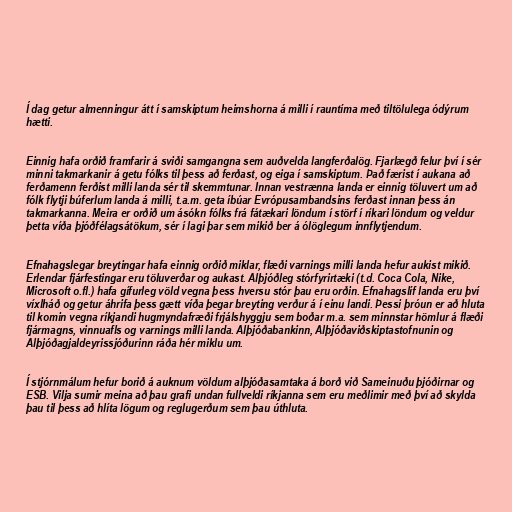
Í dag getur almenningur átt í samskiptum heimshorna á milli í rauntíma með tiltölulega ódýrum
hætti.

Einnig hafa orðið framfarir á sviði samgangna sem auðvelda langferðalög. Fjarlægð felur því í sér
minni takmarkanir á getu fólks til þess að ferðast, og eiga í samskiptum. Það færist í aukana að
ferðamenn ferðist milli landa sér til skemmtunar. Innan vestrænna landa er einnig töluvert um að
fólk flytji búferlum landa á milli, t.a.m. geta íbúar Evrópusambandsins ferðast innan þess án
takmarkanna. Meira er orðið um ásókn fólks frá fátækari löndum í störf í ríkari löndum og veldur
þetta víða þjóðfélagsátökum, sér í lagi þar sem mikið ber á ólöglegum innflytjendum.

Efnahagslegar breytingar hafa einnig orðið miklar, flæði varnings milli landa hefur aukist mikið.
Erlendar fjárfestingar eru töluverðar og aukast. Alþjóðleg stórfyrirtæki (t.d. Coca Cola, Nike,
Microsoft o.fl.) hafa gífurleg völd vegna þess hversu stór þau eru orðin. Efnahagslíf landa eru því
víxlháð og getur áhrifa þess gætt víða þegar breyting verður á í einu landi. Þessi þróun er að hluta
til komin vegna ríkjandi hugmyndafræði frjálshyggju sem boðar m.a. sem minnstar hömlur á flæði
fjármagns, vinnuafls og varnings milli landa. Alþjóðabankinn, Alþjóðaviðskiptastofnunin og
Alþjóðagjaldeyrissjóðurinn ráða hér miklu um.

Í stjórnmálum hefur borið á auknum völdum alþjóðasamtaka á borð við Sameinuðu þjóðirnar og
ESB. Vilja sumir meina að þau grafi undan fullveldi ríkjanna sem eru meðlimir með því að skylda
þau til þess að hlíta lögum og reglugerðum sem þau úthluta.